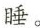
睡。